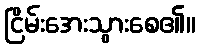
ငြိမ်းအေးသွားစေ၏။